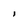
Character: I